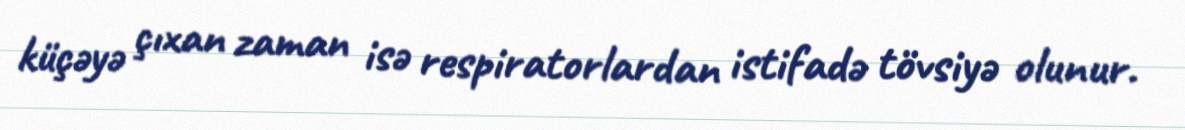
küçəyə çıxan zaman isə respiratorlardan istifadə tövsiyə olunur.